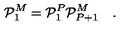
{ \cal P } _ { 1 } ^ { M } = { \cal P } _ { 1 } ^ { P } { \cal P } _ { P + 1 } ^ { M } \quad .